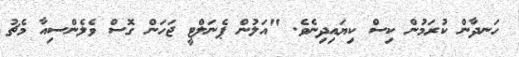
ހަނދާން ކުރަމުން ކިސް ކިޔައިދިނެވެ. "އަލުން ޕެނަލްޓީ ޖަހަން ގޮސް ވެލެންސިއާ މެޗު